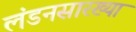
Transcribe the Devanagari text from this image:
लंडनसारख्या